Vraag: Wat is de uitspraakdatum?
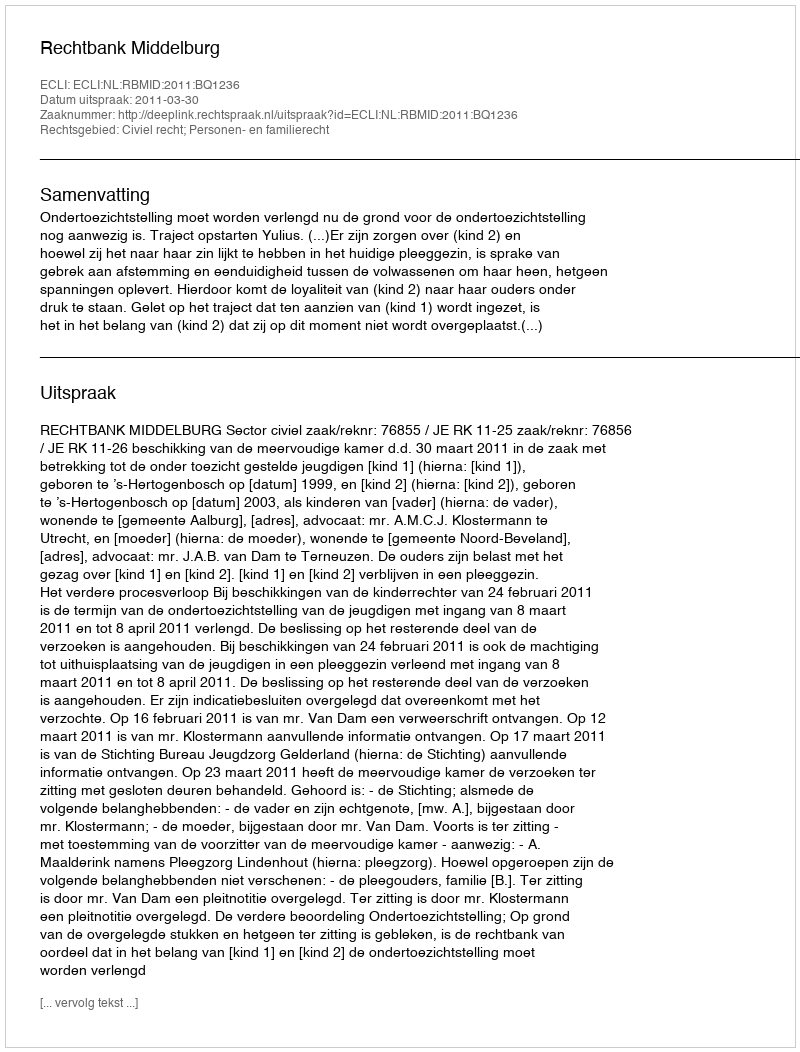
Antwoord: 2011-03-30